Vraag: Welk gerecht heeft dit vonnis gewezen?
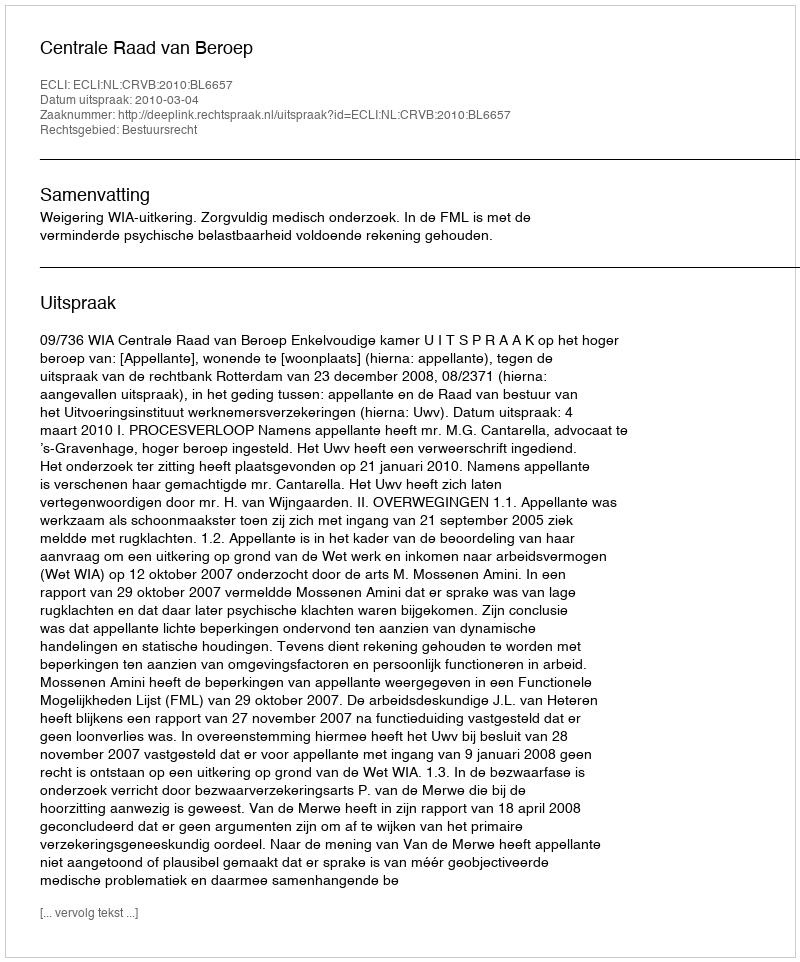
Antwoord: Centrale Raad van Beroep